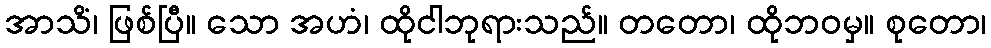
အာသိံ၊ ဖြစ်ပြီ။ သော အဟံ၊ ထိုငါဘုရားသည်။ တတော၊ ထိုဘဝမှ။ စုတော၊